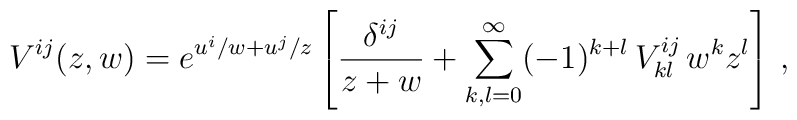
V^{ij}(z,w) = e^{u^i/w + u^j/z} \left[{\delta^{ij} \over z+w} + \sum_{k,l=0}^\infty(-1)^{k+l} \, V^{ij}_{kl}\, w^k z^l \right]\, ,